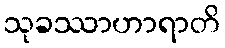
သုခဿာဟာရာတိ